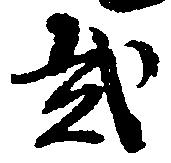
弐